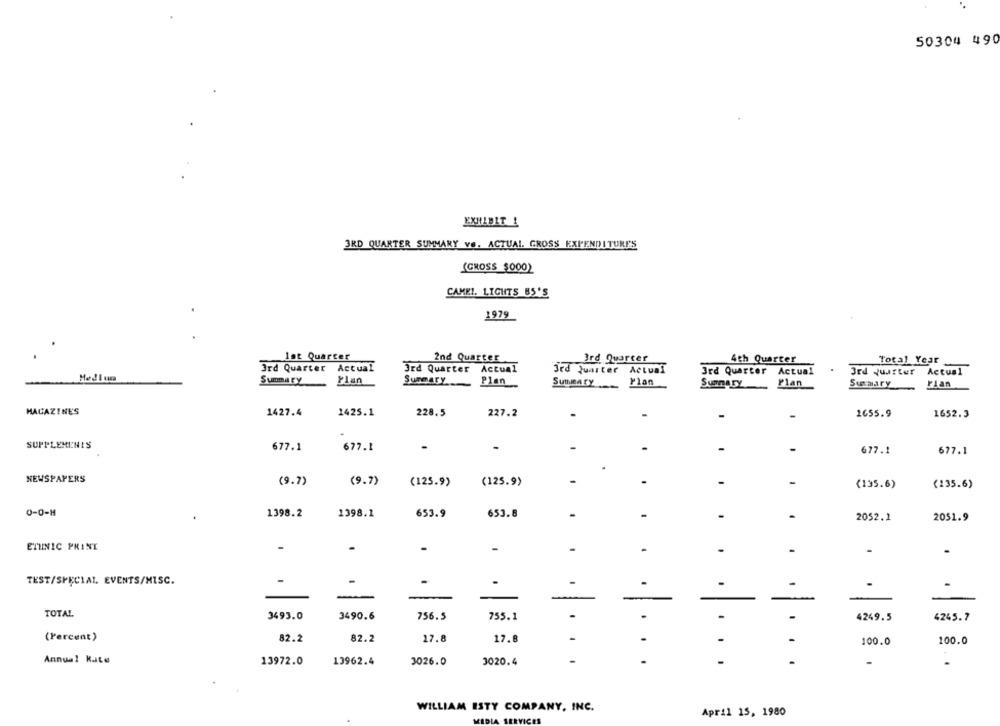
50304 490
EXHIBIT !
3RD QUARTER SUMMARY ve. ACTUAL. GROSS EXPENDITURE'S
(CROSS $000)
CAMEL. LIGHTS 85'S
1979
Ist Quarter
2nd Quarter
Ird Quarter
4th Quarter
Total Year
3rd Quarter Actual
3rd Quarter Actual
3rd Juarter Actual
3rd Quarter Actual
3rd quarter Actual
Medlum
Summary
Plan
Summary
Plan
SUMMARY
Plan
Plan
Summary
Fian
Summary
MAGAZINE'S
1427.4
1425.1
228.5
227.2
1655.9
1652.3
-
-
SUPPLEMENTS
677.1
677.1
.
.
677.1
677.1
NEWSPAPERS
(9.7)
(9.7)
(125.9)
(125.9)
-
-
(135.6)
(235.6)
0-0-M
1398.2
1398.1
653.9
653.8
.
2052.2
2051.9
ETHNIC PRINT
.
-
.
.
-
-
-
TEST/SPECIAL EVENTS/MISC.
-
.
-
-
TOTAL
3493.0
3490.6
756.5
755.1
-
.
4249.5
4245.7
(Percent)
82.2
82.2
17.8
17.8
-
100.0
100.0
Annual Kate
13972.0
3020.4
.
13962.4
3026.0
....
..
WILLIAM ESTY COMPANY, INC.
April 15, 1980